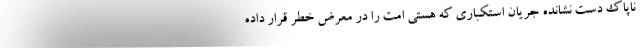
ناپاک دست نشانده جریان استکباری که هستی امت را در معرض خطر قرار داده